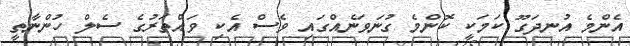
އެންމެ އުނދަގޫ ކަމަކީ ކޮންމެ ގުނަވަނެއްގައި ވެސް އެކި ވައްތަރުގެ ސެލް ހުންނާތީ